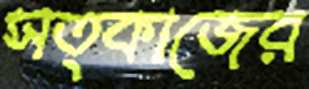
সত্কাজের